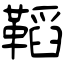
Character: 鞱